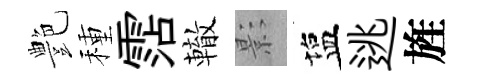
艶種霑轍影塩逃旌